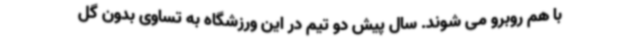
با هم روبرو می شوند. سال پیش دو تیم در این ورزشگاه به تساوی بدون گل